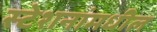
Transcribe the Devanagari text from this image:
स्टेशनांमधील